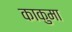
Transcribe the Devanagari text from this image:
काकुमा